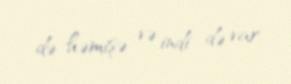
də həmişə və indi də var.